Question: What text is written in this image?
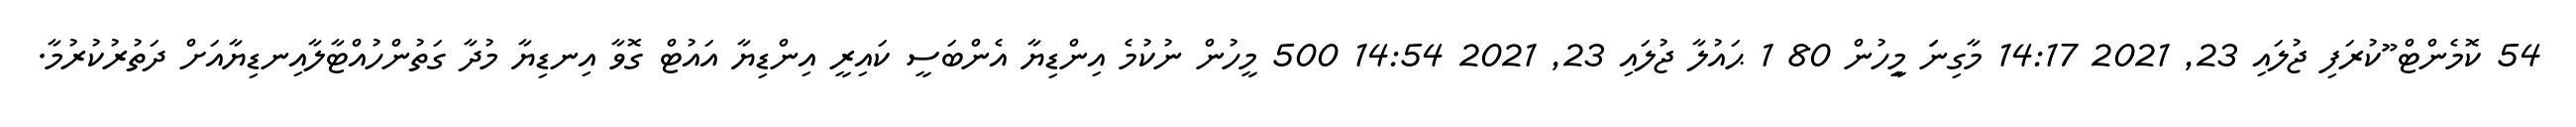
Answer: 54 ކޮމެންޓް ޫުކުރަފި ޖުލައި 23, 2021 14:17 މާގިނަަަ މިިީހުން 80 1 ޙައުލާ ޖުލައި 23, 2021 14:54 500 މީހުން ނުކުމެ އިންޑިޔާ އެންބަސީ ކައިރީ އިންޑިޔާ އައުޓް ގޮވާ އިނޑިޔާ މުދާ ގަތުންހުއްޓާލާއިނޑިޔާއަށް ދަތުރުކުރުމާ.